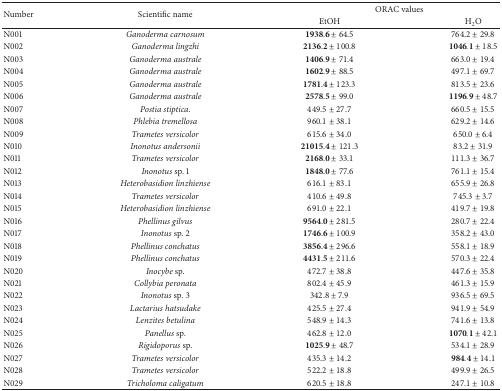
<table><thead><tr><td rowspan="2"><b>Number</b></td><td rowspan="2"><b>Scientific name</b></td><td colspan="2"><b>ORAC values</b></td></tr><tr><td><b>EtOH </b></td><td><b>H<sub>2</sub>O </b></td></tr></thead><tbody><tr><td>N001</td><td><i>Ganoderma carnosum </i></td><td>1938.6 ± 64.5</td><td>764.2 ± 29.8</td></tr><tr><td>N002</td><td><i>Ganoderma lingzhi </i></td><td>2136.2 ± 100.8</td><td>1046.1 ± 18.5</td></tr><tr><td>N003</td><td><i>Ganoderma australe </i></td><td>1406.9 ± 71.4</td><td>663.0 ± 19.4</td></tr><tr><td>N004</td><td><i>Ganoderma australe </i></td><td>1602.9 ± 88.5</td><td>497.1 ± 69.7</td></tr><tr><td>N005</td><td><i>Ganoderma australe </i></td><td>1781.4 ± 123.3</td><td>813.5 ± 23.6</td></tr><tr><td>N006</td><td><i>Ganoderma australe </i></td><td>2578.5 ± 99.0</td><td>1196.9 ± 48.7</td></tr><tr><td>N007</td><td><i>Postia stiptica</i>.</td><td>449.5 ± 27.7</td><td>660.5 ± 15.5</td></tr><tr><td>N008</td><td><i>Phlebia tremellosa </i></td><td>960.1 ± 38.1</td><td>629.2 ± 14.6</td></tr><tr><td>N009</td><td><i>Trametes versicolor </i></td><td>615.6 ± 34.0</td><td>650.0 ± 6.4</td></tr><tr><td>N010</td><td><i>Inonotus andersonii </i></td><td>21015.4 ± 121.3</td><td>83.2 ± 31.9</td></tr><tr><td>N011</td><td><i>Trametes versicolor </i></td><td>2168.0 ± 33.1</td><td>111.3 ± 36.7</td></tr><tr><td>N012</td><td><i>Inonotus </i>sp. 1</td><td>1848.0 ± 77.6</td><td>761.1 ± 15.4</td></tr><tr><td>N013</td><td><i>Heterobasidion linzhiense </i></td><td>616.1 ± 83.1</td><td>655.9 ± 26.8</td></tr><tr><td>N014</td><td><i>Trametes versicolor </i></td><td>410.6 ± 49.8</td><td>745.3 ± 3.7</td></tr><tr><td>N015</td><td><i>Heterobasidion linzhiense </i></td><td>691.0 ± 22.1</td><td>419.7 ± 19.8</td></tr><tr><td>N016</td><td><i>Phellinus gilvus </i></td><td>9564.0 ± 281.5</td><td>280.7 ± 22.4</td></tr><tr><td>N017</td><td><i>Inonotus </i>sp. 2</td><td>1746.6 ± 100.9</td><td>358.2 ± 43.0</td></tr><tr><td>N018</td><td><i>Phellinus conchatus </i></td><td>3856.4 ± 296.6</td><td>558.1 ± 18.9</td></tr><tr><td>N019</td><td><i>Phellinus conchatus </i></td><td>4431.5 ± 211.6</td><td>570.3 ± 22.4</td></tr><tr><td>N020</td><td><i>Inocybe </i>sp.</td><td>472.7 ± 38.8</td><td>447.6 ± 35.8</td></tr><tr><td>N021</td><td><i>Collybia peronata </i></td><td>802.4 ± 45.9</td><td>461.3 ± 15.9</td></tr><tr><td>N022</td><td><i>Inonotus </i>sp. 3</td><td>342.8 ± 7.9</td><td>936.5 ± 69.5</td></tr><tr><td>N023</td><td><i>Lactarius hatsudake </i></td><td>425.5 ± 27.4</td><td>941.9 ± 54.9</td></tr><tr><td>N024</td><td><i>Lenzites betulina </i></td><td>548.9 ± 14.3</td><td>741.6 ± 13.8</td></tr><tr><td>N025</td><td><i>Panellus </i>sp.</td><td>462.8 ± 12.0</td><td>1070.1 ± 42.1</td></tr><tr><td>N026</td><td><i>Rigidoporus</i> sp.</td><td>1025.9 ± 48.7</td><td>534.1 ± 28.9</td></tr><tr><td>N027</td><td><i>Trametes versicolor </i></td><td>435.3 ± 14.2</td><td>984.4 ± 14.1</td></tr><tr><td>N028</td><td><i>Trametes versicolor </i></td><td>522.2 ± 18.8</td><td>499.9 ± 26.5</td></tr><tr><td>N029</td><td><i>Tricholoma caligatum </i></td><td>620.5 ± 18.8</td><td>247.1 ± 10.8</td></tr></tbody></table>